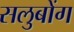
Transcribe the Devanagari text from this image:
सलुबोंग